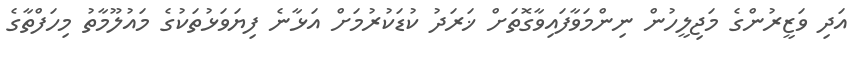
އަދި ވަޒީރުންގެ މަޖިލީހުން ނިންމަވާފައިވާގޮތަށް ޚަރަދު ކުޑަކުރުމަށް އަޅާނެ ފިޔަވަޅުތަކުގެ މައުލޫމާތު މިހަފްތާގެ